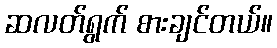
ဆလတ်ရွက် စားချင်တယ်။